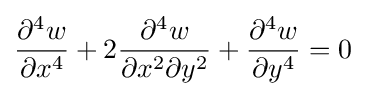
{\frac {\partial ^{4}w}{\partial x^{4}}}+2{\frac {\partial ^{4}w}{\partial x^{2}\partial y^{2}}}+{\frac {\partial ^{4}w}{\partial y^{4}}}=0